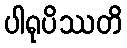
ပါရုပိဿတိ